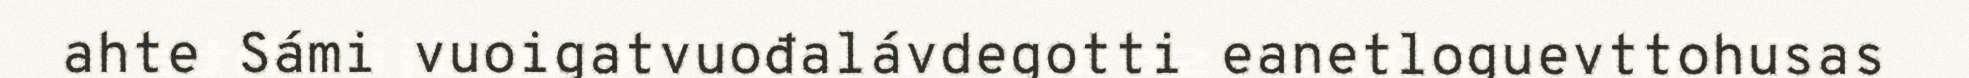
ahte Sámi vuoigatvuođalávdegotti eanetloguevttohusas